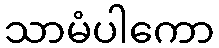
သာမံပါကော